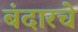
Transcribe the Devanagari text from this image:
बंदारचे